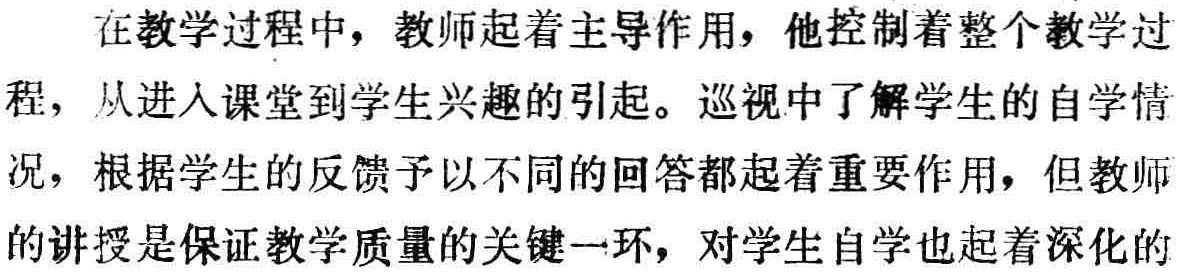
在教学过程中，教师起着主导作用，他控制着整个教学过程，从进入课堂到学生兴趣的引起。巡视中了解学生的自学情况，根据学生的反馈予以不同的回答都起着重要作用，但教师的讲授是保证教学质量的关键一环，对学生自学也起着深化的